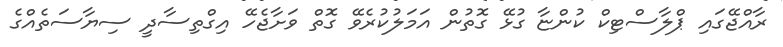
ރާއްޖޭގައި ޕްލާސްޓިކް ކުންޏާ ގުޅޭ ގޮތުން އަމަލުކުރެވޭ ގޮތް ވަށާޖެހޭ އިގްތިސާދީ ސިޔާސަތެއްގެ